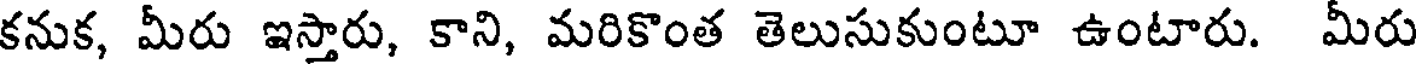
కనుక, మీరు ఇస్తారు, కాని, మరికొంత తెలుసుకుంటూ ఉంటారు. మీరు